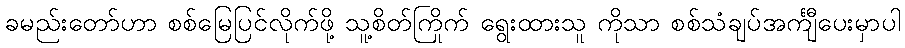
ခမည်းတော်ဟာ စစ်မြေပြင်လိုက်ဖို့ သူ့စိတ်ကြိုက် ရွေးထားသူ ကိုသာ စစ်သံချပ်အင်္ကျီပေးမှာပါ